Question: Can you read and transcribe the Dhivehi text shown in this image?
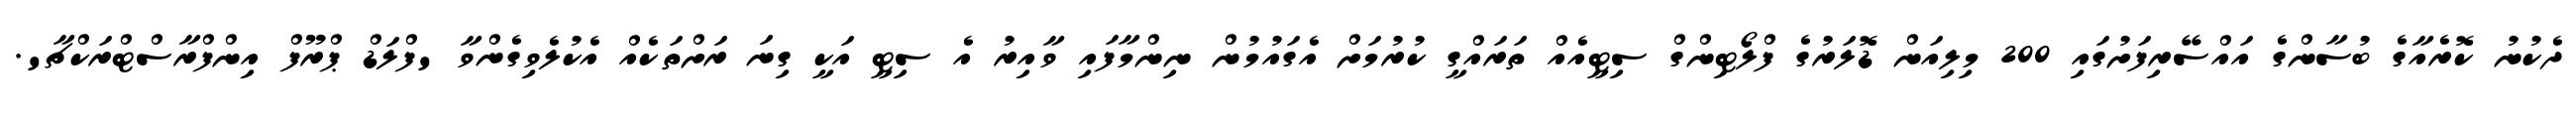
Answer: ދެކުނު ކޮރެއާގެ ބުސާންގެ އައްސޭރިފަށުގައި 200 މިލިއަން ޑޮލަރުގެ ފްލޯޓިންގް ސިޓީއެއް ތަރައްގީ ކުރުމަށް އެގައުމުން ނިންމާފައި ވާއިރު އެ ސިޓީ އަކީ ގިނަ ރަށްތަކެއް އެކުލެވިގެންވާ 'ފްލަޑް ޕްރޫފް އިންފްރާސްޓްރަކްޗާ'.